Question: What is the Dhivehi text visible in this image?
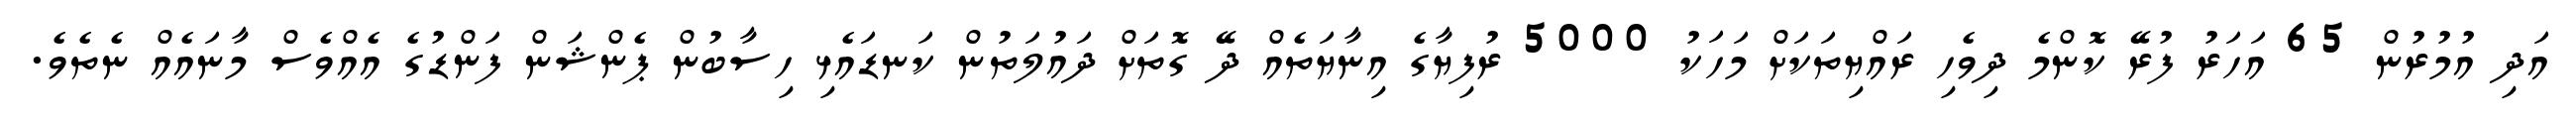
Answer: އަދި އުމުރުން 65 އަހަރު ފުރޭ ކޮންމެ ދިވެހި ރައްޔިތަކަށް މަހަކު 5000 ރުފިޔާގެ އިނާޔަތެއް ދޭ ގޮތަށް ދައުލަތުން ކަނޑައެޅި ހިސާބުން ޕެންޝަން ފަންޑުގެ އެއްވެސް މާނައެއް ނެތެވެ.